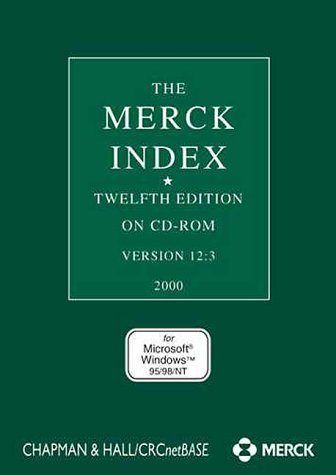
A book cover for The Merck Index: CD-ROM Windows, Version 12.3; S. Budavari; Medical Books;